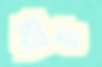
ঘ্যাচ